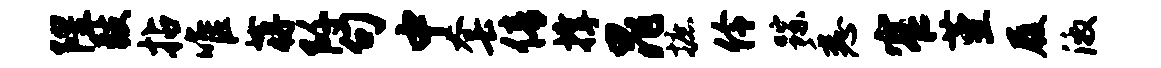
隍鼓拈唯蒋阡句中套倩撑晁摭伶踪悉窄堇履激